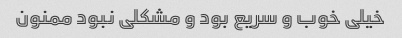
خیلی خوب و سریع بود و مشکلی نبود ممنون